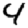
Digit: 4